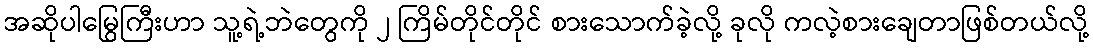
အဆိုပါမြွေကြီးဟာ သူ့ရဲ့ဘဲတွေကို ၂ ကြိမ်တိုင်တိုင် စားသောက်ခဲ့လို့ ခုလို ကလဲ့စားချေတာဖြစ်တယ်လို့